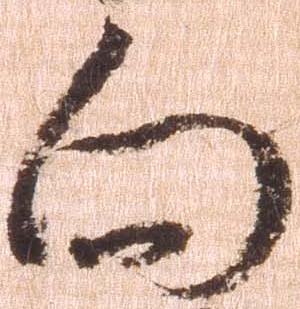
向